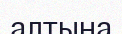
алтына